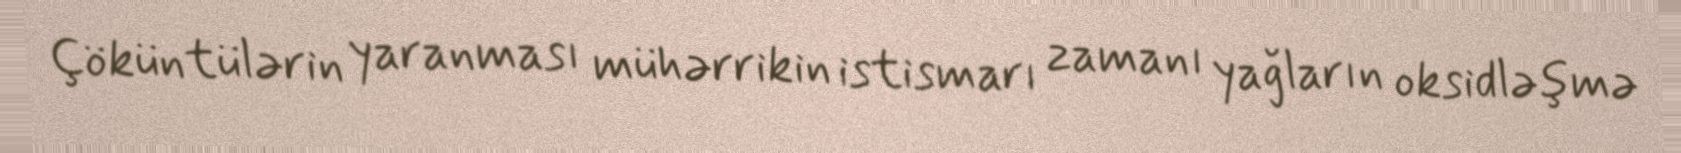
Çöküntülərin yaranması mühərrikin istismarı zamanı yağların oksidləşmə